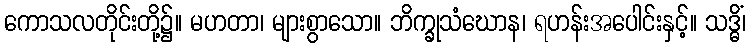
ကောသလတိုင်းတို့၌။ မဟတာ၊ များစွာသော။ ဘိက္ခုသံဃောန၊ ရဟန်းအပေါင်းနှင့်။ သဒ္ဓိံ၊